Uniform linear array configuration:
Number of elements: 8
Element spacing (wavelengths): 0.5
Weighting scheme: cosine
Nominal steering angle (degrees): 0
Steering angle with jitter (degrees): -1.712
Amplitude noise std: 0.05
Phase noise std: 0.05

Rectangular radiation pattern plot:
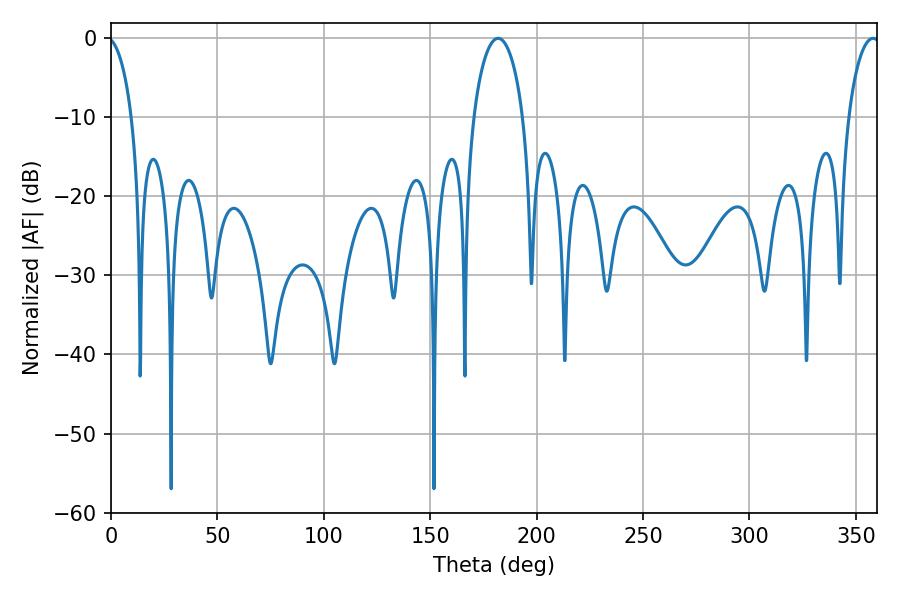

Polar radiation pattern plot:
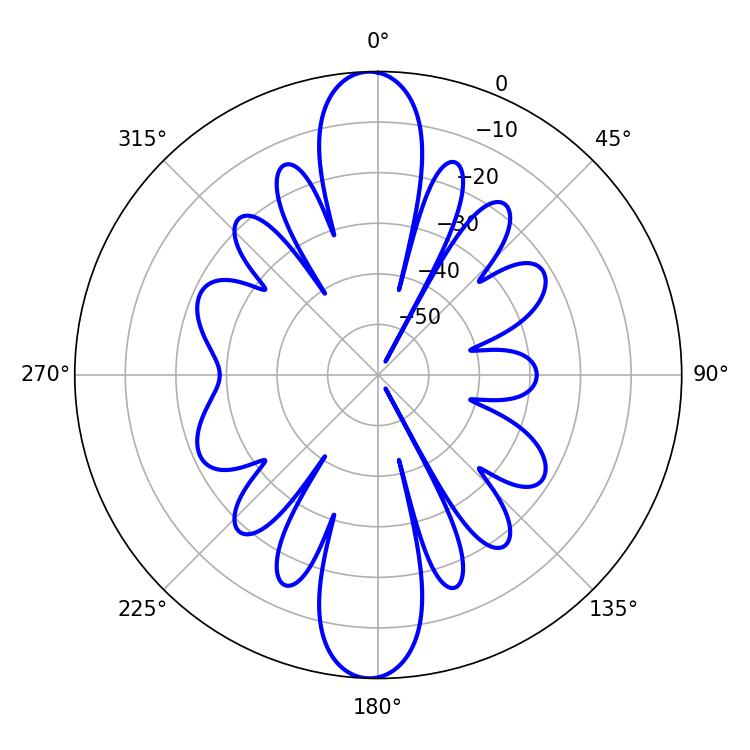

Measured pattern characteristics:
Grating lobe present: FALSE
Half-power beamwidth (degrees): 13.32
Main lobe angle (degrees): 181.98